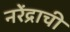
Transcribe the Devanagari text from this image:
नरेंद्राची